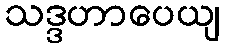
သဒ္ဒဟာပေယျ